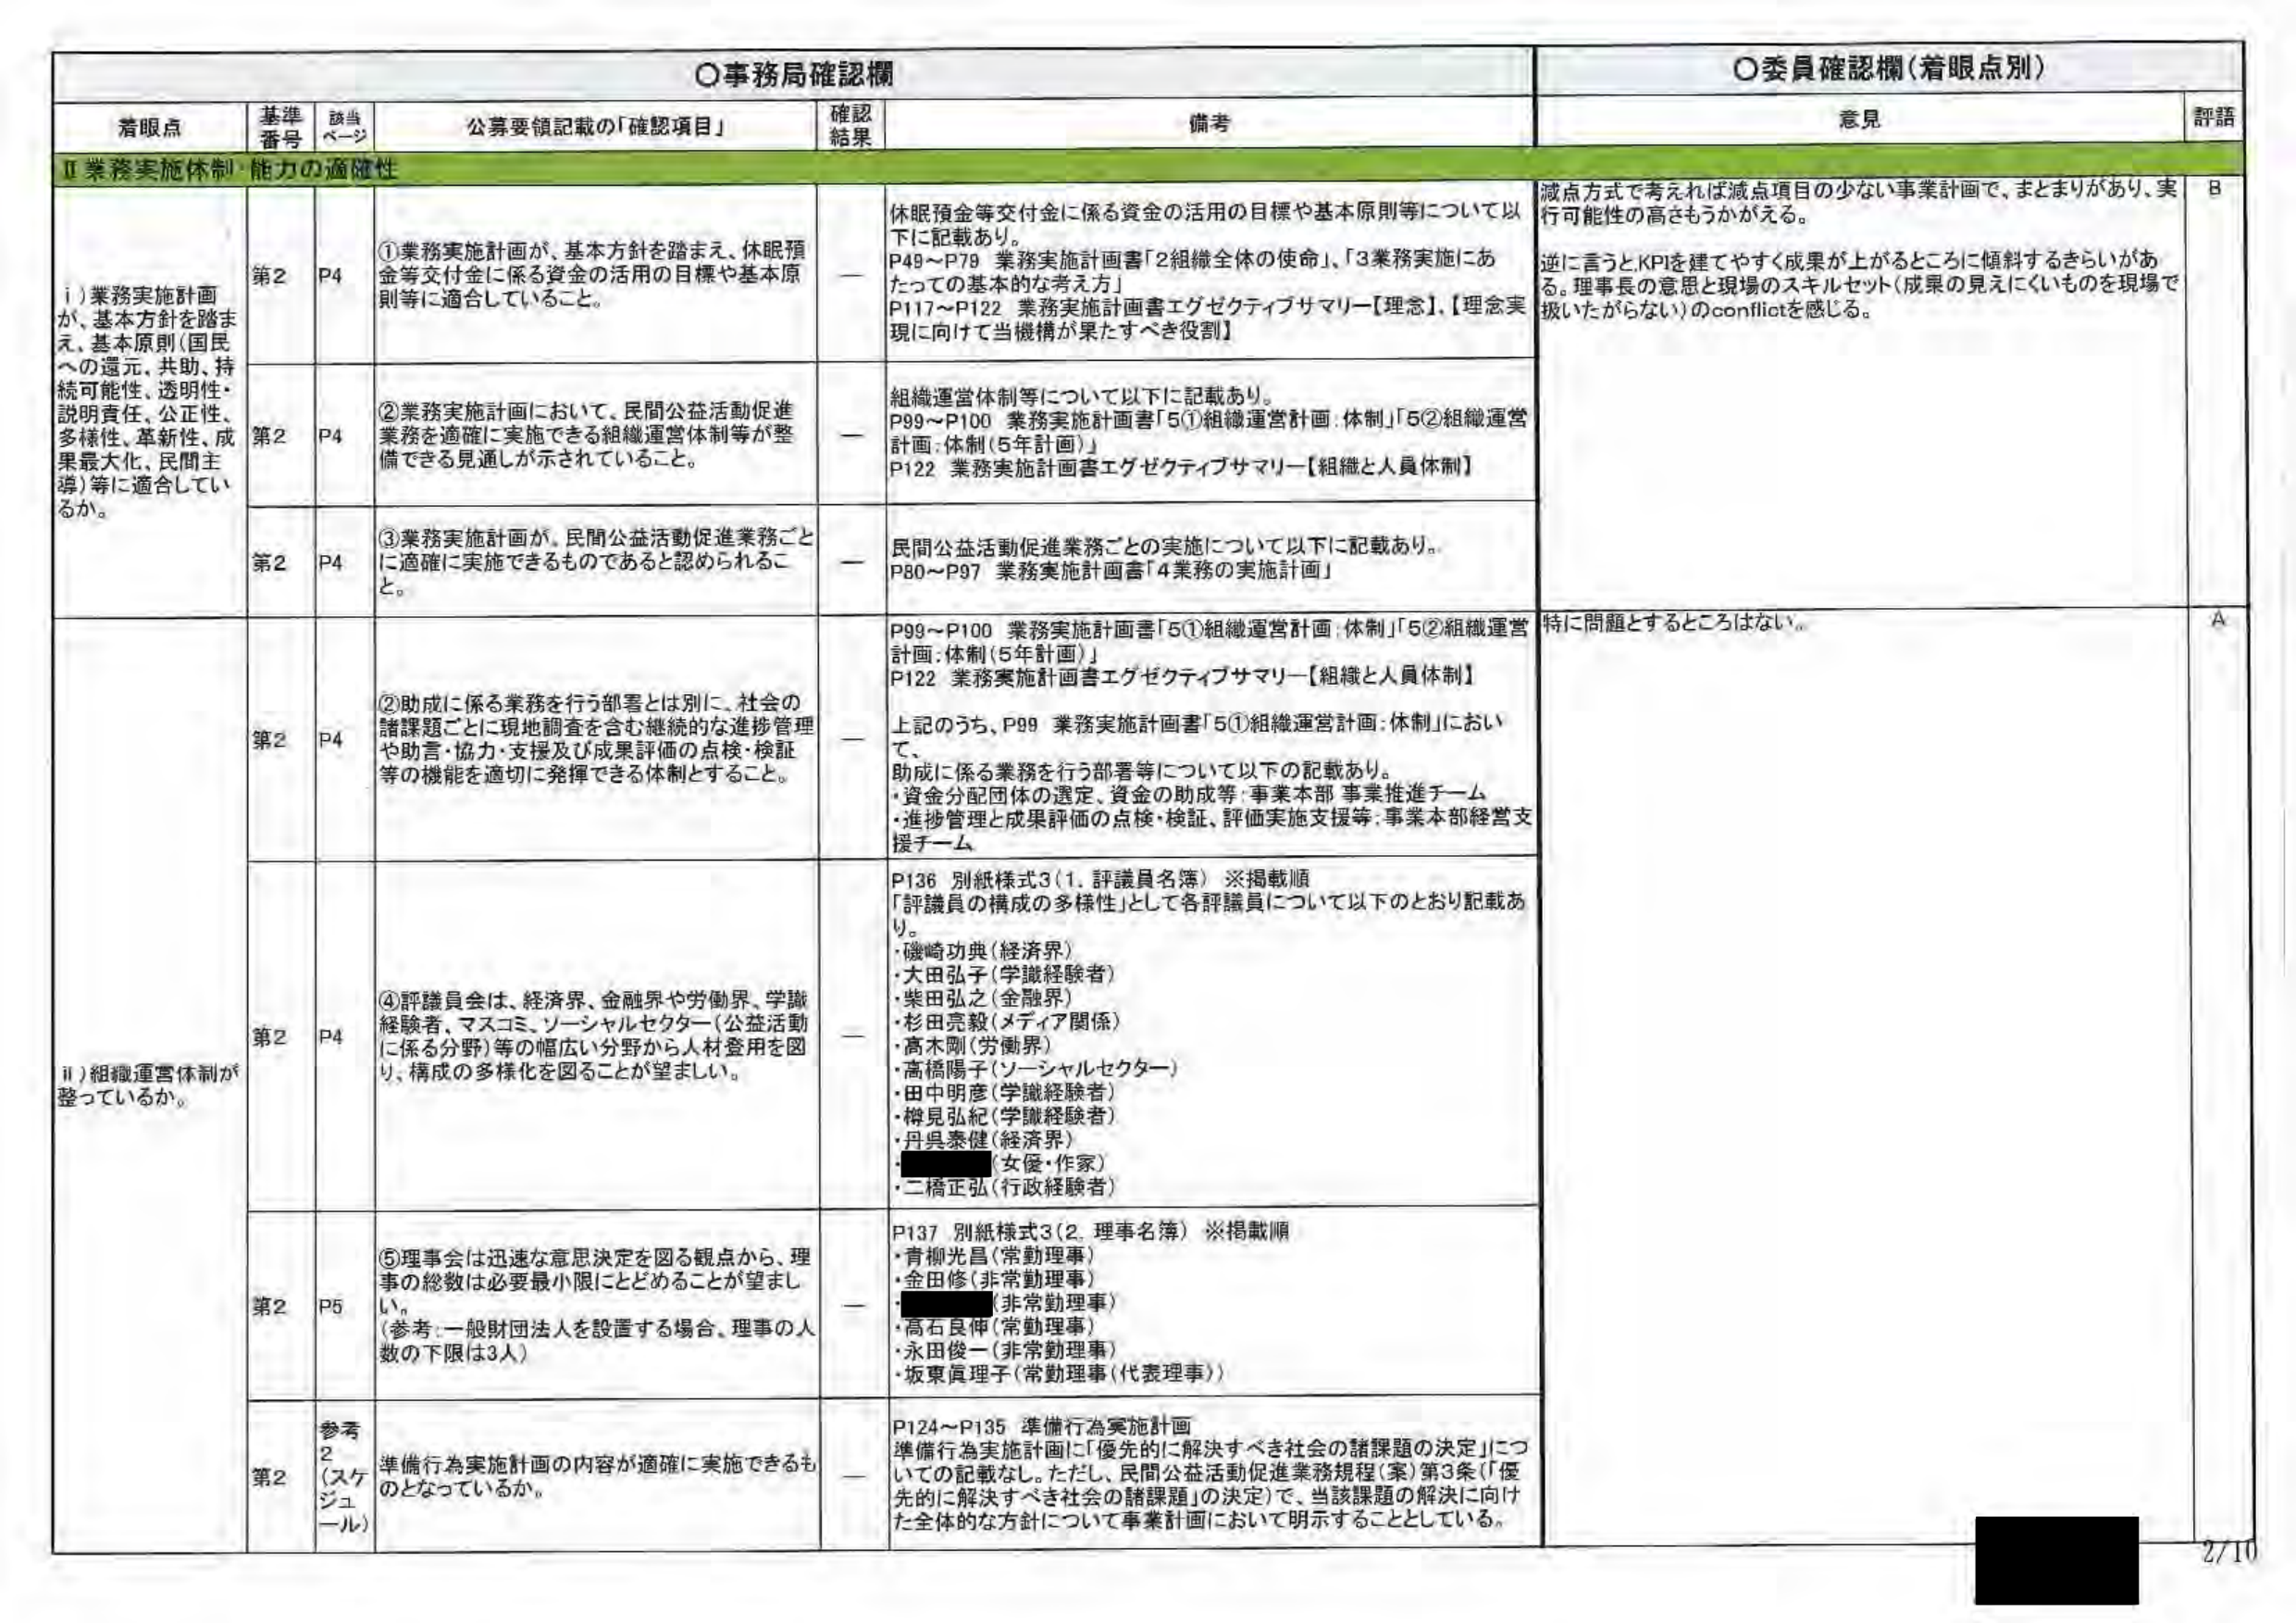
○事務局確認欄
○委員確認欄（着眼点別）

着眼点　　基準番号　　該当ページ　　公募要領記載の「確認項目」　　確認結果　　備考　　意見　　評語

Ⅱ 業務実施体制・能力の適切性

i) 業務実施計画が、基本方針を踏まえ、基本原則（国民への還元、共助、持続可能性、透明性・説明責任、公正性、多様性、革新性、成果最大化、民間主導）等に適合しているか。

第2　　P4　　①業務実施計画が、基本方針を踏まえ、休眠預金等交付金に係る資金の活用の目標や基本原則等に適合していること。　　ー　　休眠預金等交付金に係る資金の活用の目標や基本原則等について以下に記載あり。
P49～P79 業務実施計画書「2組織全体の使命」、「3業務実施にあたっての基本的な考え方」
P117～P122 業務実施計画書エグゼクティブサマリー【理念】、【理念実現に向けて当機構が果たすべき役割】
減点方式で考えれば減点項目の少ない事業計画で、まとまりがあり、実行可能性の高さもうかがえる。
逆に言うとKPIを建てやすく成果が上がるところに傾斜するきらいがある。理事長の意思と現場のスキルセット（成果の見えにくいものを現場で扱いたがらない）のconflictを感じる。　　B

第2　　P4　　②業務実施計画において、民間公益活動促進業務を適確に実施できる組織運営体制等が整備できる見通しが示されていること。　　ー　　組織運営体制等について以下に記載あり。
P99～P100 業務実施計画書「5①組織運営計画：体制」「5②組織運営計画：体制（5年計画）」
P122 業務実施計画書エグゼクティブサマリー【組織と人員体制】

第2　　P4　　③業務実施計画が、民間公益活動促進業務ごとに適確に実施できるものであると認められること。　　ー　　民間公益活動促進業務ごとの実施について以下に記載あり。
P80～P97 業務実施計画書「4業務の実施計画」

ii) 組織運営体制が整っているか。

第2　　P4　　②助成に係る業務を行う部署とは別に、社会の諸課題ごとに現地調査を含む継続的な進捗管理や助言・協力・支援及び成果評価の点検・検証等の機能を適切に発揮できる体制とすること。　　ー　　P99～P100 業務実施計画書「5①組織運営計画：体制」「5②組織運営計画：体制（5年計画）」
P122 業務実施計画書エグゼクティブサマリー【組織と人員体制】
上記のうち、P99 業務実施計画書「5①組織運営計画：体制」において、
助成に係る業務を行う部署等について以下の記載あり。
・資金分配団体の選定、資金の助成等：事業本部 事業推進チーム
・進捗管理と成果評価の点検・検証、評価実施支援等：事業本部経営支援チーム
特に問題とするところはない。　　A

第2　　P4　　④評議員会は、経済界、金融界や労働界、学識経験者、マスコミ、ソーシャルセクター（公益活動に係る分野）等の幅広い分野から人材登用を図り、構成の多様化を図ることが望ましい。　　ー　　P136 別紙様式3（1. 評議員名簿）※掲載順
「評議員の構成の多様性」として各評議員について以下のとおり記載あり。
・磯崎功典（経済界）
・大田弘子（学識経験者）
・柴田弘之（金融界）
・杉田亮毅（メディア関係）
・高木剛（労働界）
・高橋陽子（ソーシャルセクター）
・田中明彦（学識経験者）
・榊見弘紀（学識経験者）
・丹呉泰健（経済界）
・（女優・作家）
・二橋正弘（行政経験者）

第2　　P5　　⑤理事会は迅速な意思決定を図る観点から、理事の総数は必要最小限にとどめることが望ましい。
（参考：一般財団法人を設置する場合、理事の人数の下限は3人）　　ー　　P137 別紙様式3（2. 理事名簿）※掲載順
・青柳光昌（常勤理事）
・金田修（非常勤理事）
・（非常勤理事）
・高石良伸（常勤理事）
・永田俊一（非常勤理事）
・坂東真理子（常勤理事（代表理事））

第2　　参考2（スケジュール）　　準備行為実施計画の内容が適確に実施できるものとなっているか。　　ー　　P124～P135 準備行為実施計画
準備行為実施計画に「優先的に解決すべき社会の諸課題の決定」についての記載なし。ただし、民間公益活動促進業務規程（案）第3条（「優先的に解決すべき社会の諸課題」の決定）で、当該課題の解決に向けた全体的な方針について事業計画において明示することとしている。

2/10